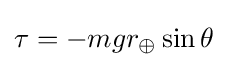
\tau =-mgr_{\oplus }\sin \theta